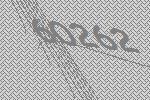
60262